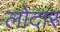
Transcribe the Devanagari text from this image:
लोदार